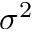
\sigma ^ { 2 }